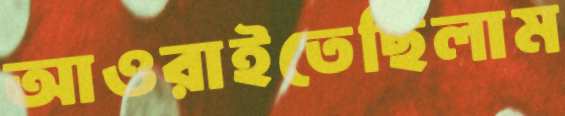
আওরাইতেছিলাম